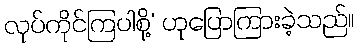
လုပ်ကိုင်ကြပါစို့’ ဟုပြောကြားခဲ့သည်။